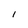
Character: l